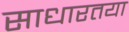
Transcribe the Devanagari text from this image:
साधारतया